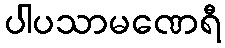
ပါပသာမဏေရီ